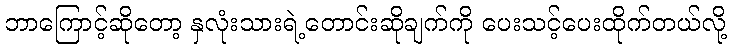
ဘာကြောင့်ဆိုတော့ နှလုံးသားရဲ့တောင်းဆိုချက်ကို ပေးသင့်ပေးထိုက်တယ်လို့